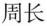
周长